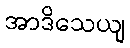
အာဒိသေယျ